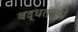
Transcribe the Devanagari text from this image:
बद्धताओं